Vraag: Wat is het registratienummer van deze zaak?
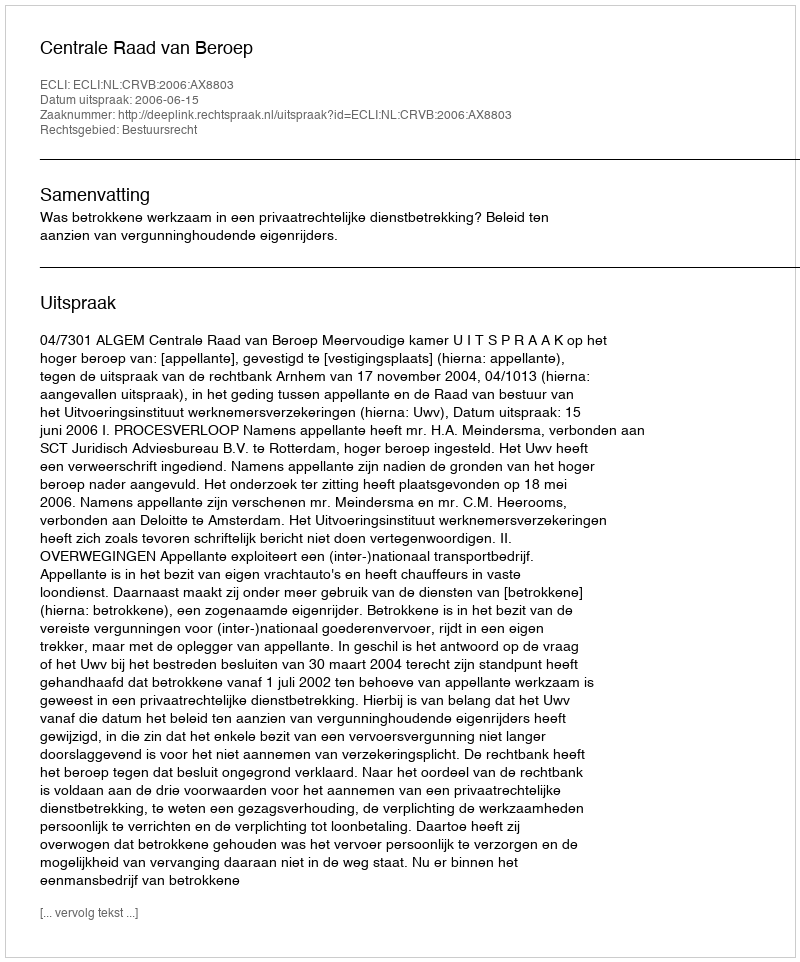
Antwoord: http://deeplink.rechtspraak.nl/uitspraak?id=ECLI:NL:CRVB:2006:AX8803